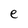
Character: e